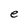
Character: e